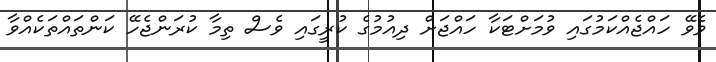
ވެވޭ ހައްޖެއްކަމުގައި ވުމަށްޓަކާ ހައްޖަށް ދިއުމުގެ ކުރީގައި ވެސް ތިމާ ކުރަންޖެހޭ ކަންތައްތަކެއްވާ